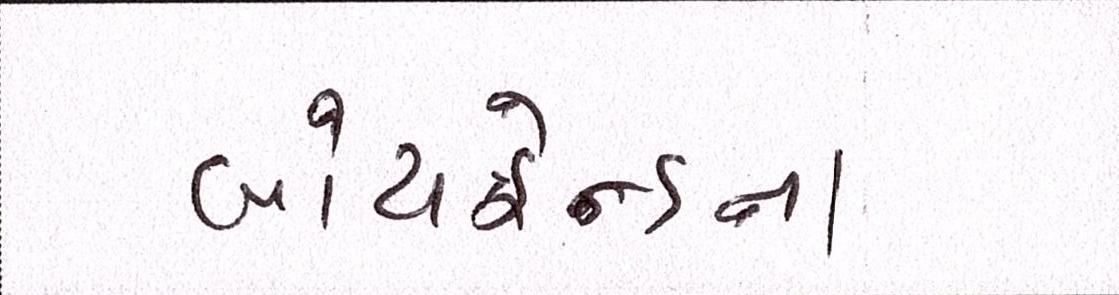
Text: બોયફ્રેન્ડના